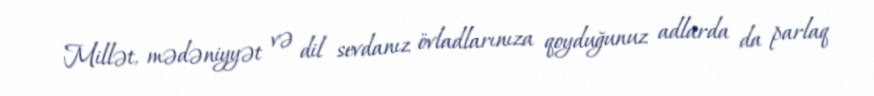
Millət, mədəniyyət və dil sevdanız övladlarınıza qoyduğunuz adlarda da parlaq